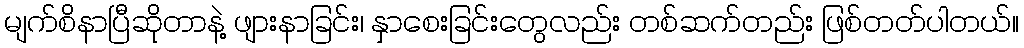
မျက်စိနာပြီဆိုတာနဲ့ ဖျားနာခြင်း၊ နှာစေးခြင်းတွေလည်း တစ်ဆက်တည်း ဖြစ်တတ်ပါတယ်။